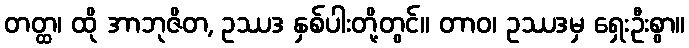
တတ္ထ၊ ထို အာဘုဇိတ, ဥဿဒ နှစ်ပါးတို့တွင်။ တာဝ၊ ဥဿဒမှ ရှေးဦးစွာ။